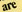
are